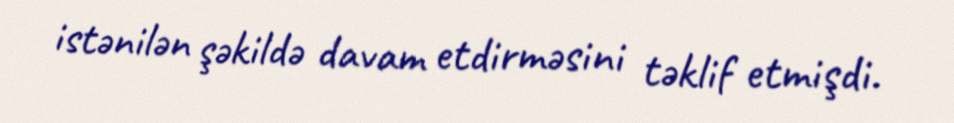
istənilən şəkildə davam etdirməsini təklif etmişdi.